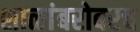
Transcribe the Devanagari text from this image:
शाळांबरोबरच